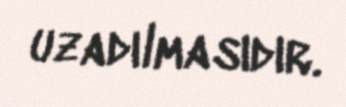
uzadılmasıdır.